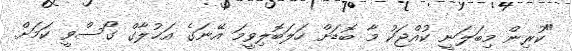
"ކުރިން މިބަލަނީ ކުއްޖަކު މާ ބޮޑަށް ހަލަބޮލިވީމަ އޭނަގެ އަޚުލާގް ގޯސްވީ ކަމަށް.